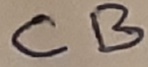
Text: CB